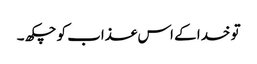
تو خدا کے اس عذاب کو چکھ ۔